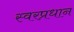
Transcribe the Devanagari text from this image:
स्वरप्रधान